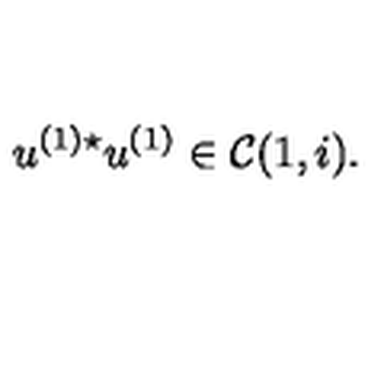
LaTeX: u ^ { ( 1 ) \star } u ^ { ( 1 ) } \in { \cal C } ( 1 , i ) .